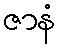
ဇာနံ